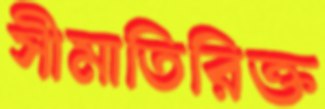
সীমাতিরিক্ত